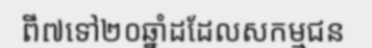
ពី៧ទៅ២០ឆ្នាំដដែលសកម្មជន